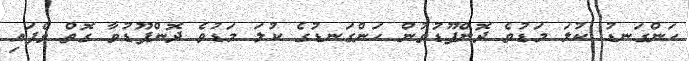
ހަންގަނޑު ކުލަ މަޑުވެ ދޮންފޫޑުވުން ހަންގަނޑުގެ ކުލަ މަޑުވެ ދޮންފޫޑުވާ ގޮތް ވެފައި